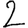
Digit: 2